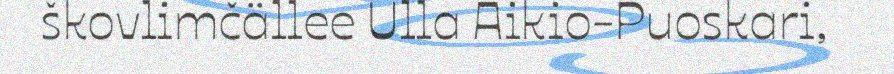
škovlimčällee Ulla Aikio-Puoskari,